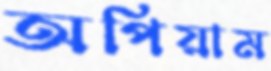
অপিয়াম